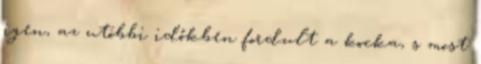
igen, az utóbbi időkben fordult a kocka, s most